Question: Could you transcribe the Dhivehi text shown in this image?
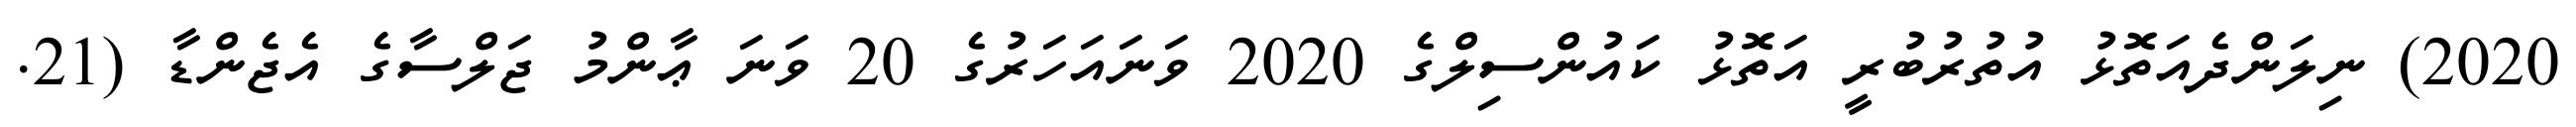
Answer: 2020) ނިލަންދެއަތޮޅު އުތުރުބުރީ އަތޮޅު ކައުންސިލްގެ 2020 ވަނައަހަރުގެ 20 ވަނަ ޢާންމު ޖަލްސާގެ އެޖެންޑާ (21.